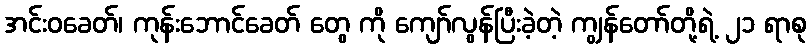
အင်းဝခေတ်၊ ကုန်းဘောင်ခေတ် တွေ ကို ကျော်လွန်ပြီးခဲ့တဲ့ ကျွန်တော်တို့ရဲ့ ၂၁ ရာစု